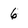
Character: 6